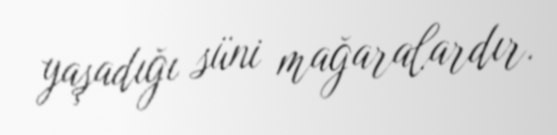
yaşadığı süni mağaralardır.